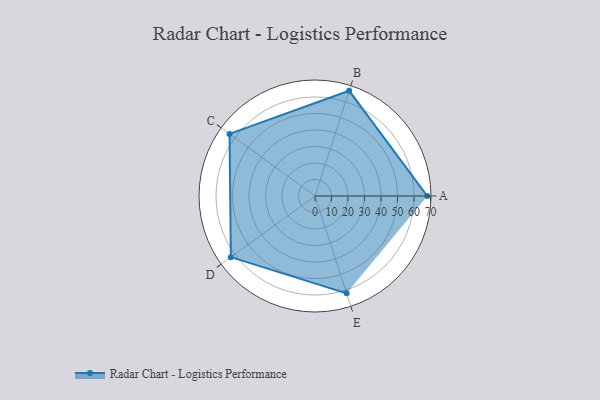
{"axis": {"x": "Skill", "y": "Score"}, "legend": ["Profile"], "data": [{"x": "A", "y": 68.0, "type": "Profile"}, {"x": "B", "y": 67.0, "type": "Profile"}, {"x": "C", "y": 64.0, "type": "Profile"}, {"x": "D", "y": 63.0, "type": "Profile"}, {"x": "E", "y": 62.0, "type": "Profile"}]}